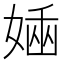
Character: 𡟢